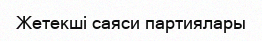
Жетекші саяси партиялары